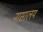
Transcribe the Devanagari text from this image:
नासालय